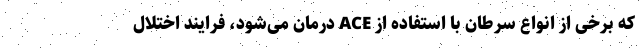
که برخی از انواع سرطان با استفاده از ACE درمان می‌شود، فرایند اختلال